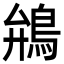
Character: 鴘